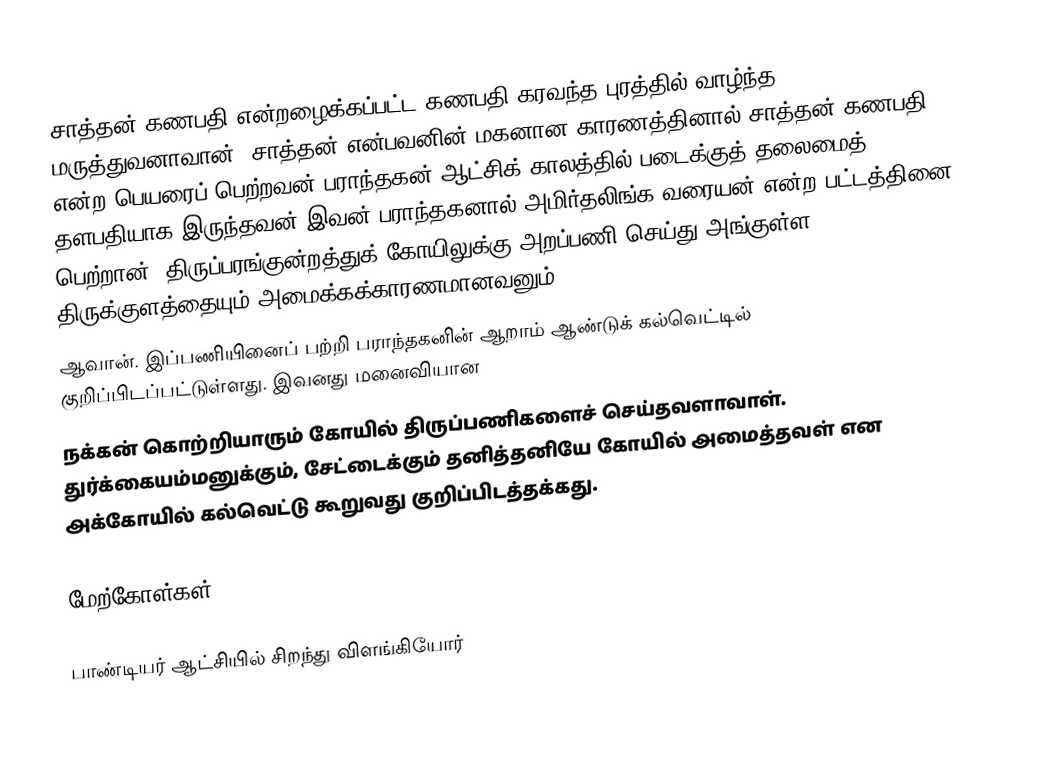
சாத்தன் கணபதி என்றழைக்கப்பட்ட கணபதி கரவந்த புரத்தில் வாழ்ந்த மருத்துவனாவான். சாத்தன் என்பவனின் மகனான காரணத்தினால் சாத்தன் கணபதி என்ற பெயரைப் பெற்றவன்.பராந்தகன் ஆட்சிக் காலத்தில் படைக்குத் தலைமைத் தளபதியாக இருந்தவன் இவன் பராந்தகனால் அமிர்தலிங்க வரையன் என்ற பட்டத்தினை பெற்றான். திருப்பரங்குன்றத்துக் கோயிலுக்கு அறப்பணி செய்து அங்குள்ள திருக்குளத்தையும் அமைக்கக்காரணமானவனும்
ஆவான். இப்பணியினைப் பற்றி பராந்தகனின் ஆறாம் ஆண்டுக் கல்வெட்டில் குறிப்பிடப்பட்டுள்ளது. இவனது மனைவியான
நக்கன் கொற்றியாரும் கோயில் திருப்பணிகளைச் செய்தவளாவாள். துர்க்கையம்மனுக்கும், சேட்டைக்கும் தனித்தனியே கோயில் அமைத்தவள் என அக்கோயில் கல்வெட்டு கூறுவது குறிப்பிடத்தக்கது.

மேற்கோள்கள்

பாண்டியர் ஆட்சியில் சிறந்து விளங்கியோர்